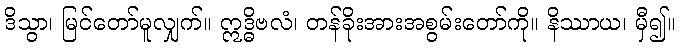
ဒိသွာ၊ မြင်တော်မူလျှက်။ ဣဒ္ဓိဗလံ၊ တန်ခိုးအားအစွမ်းတော်ကို။ နိဿာယ၊ မှီ၍။